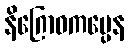
နိဂြောဓကပ္ပေန